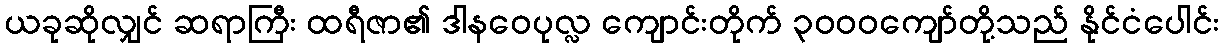
ယခုဆိုလျှင် ဆရာကြီး ထရီဇာ၏ ဒါနဝေပုလ္လ ကျောင်းတိုက် ၃၀၀၀ကျော်တို့သည် နိုင်ငံပေါင်း